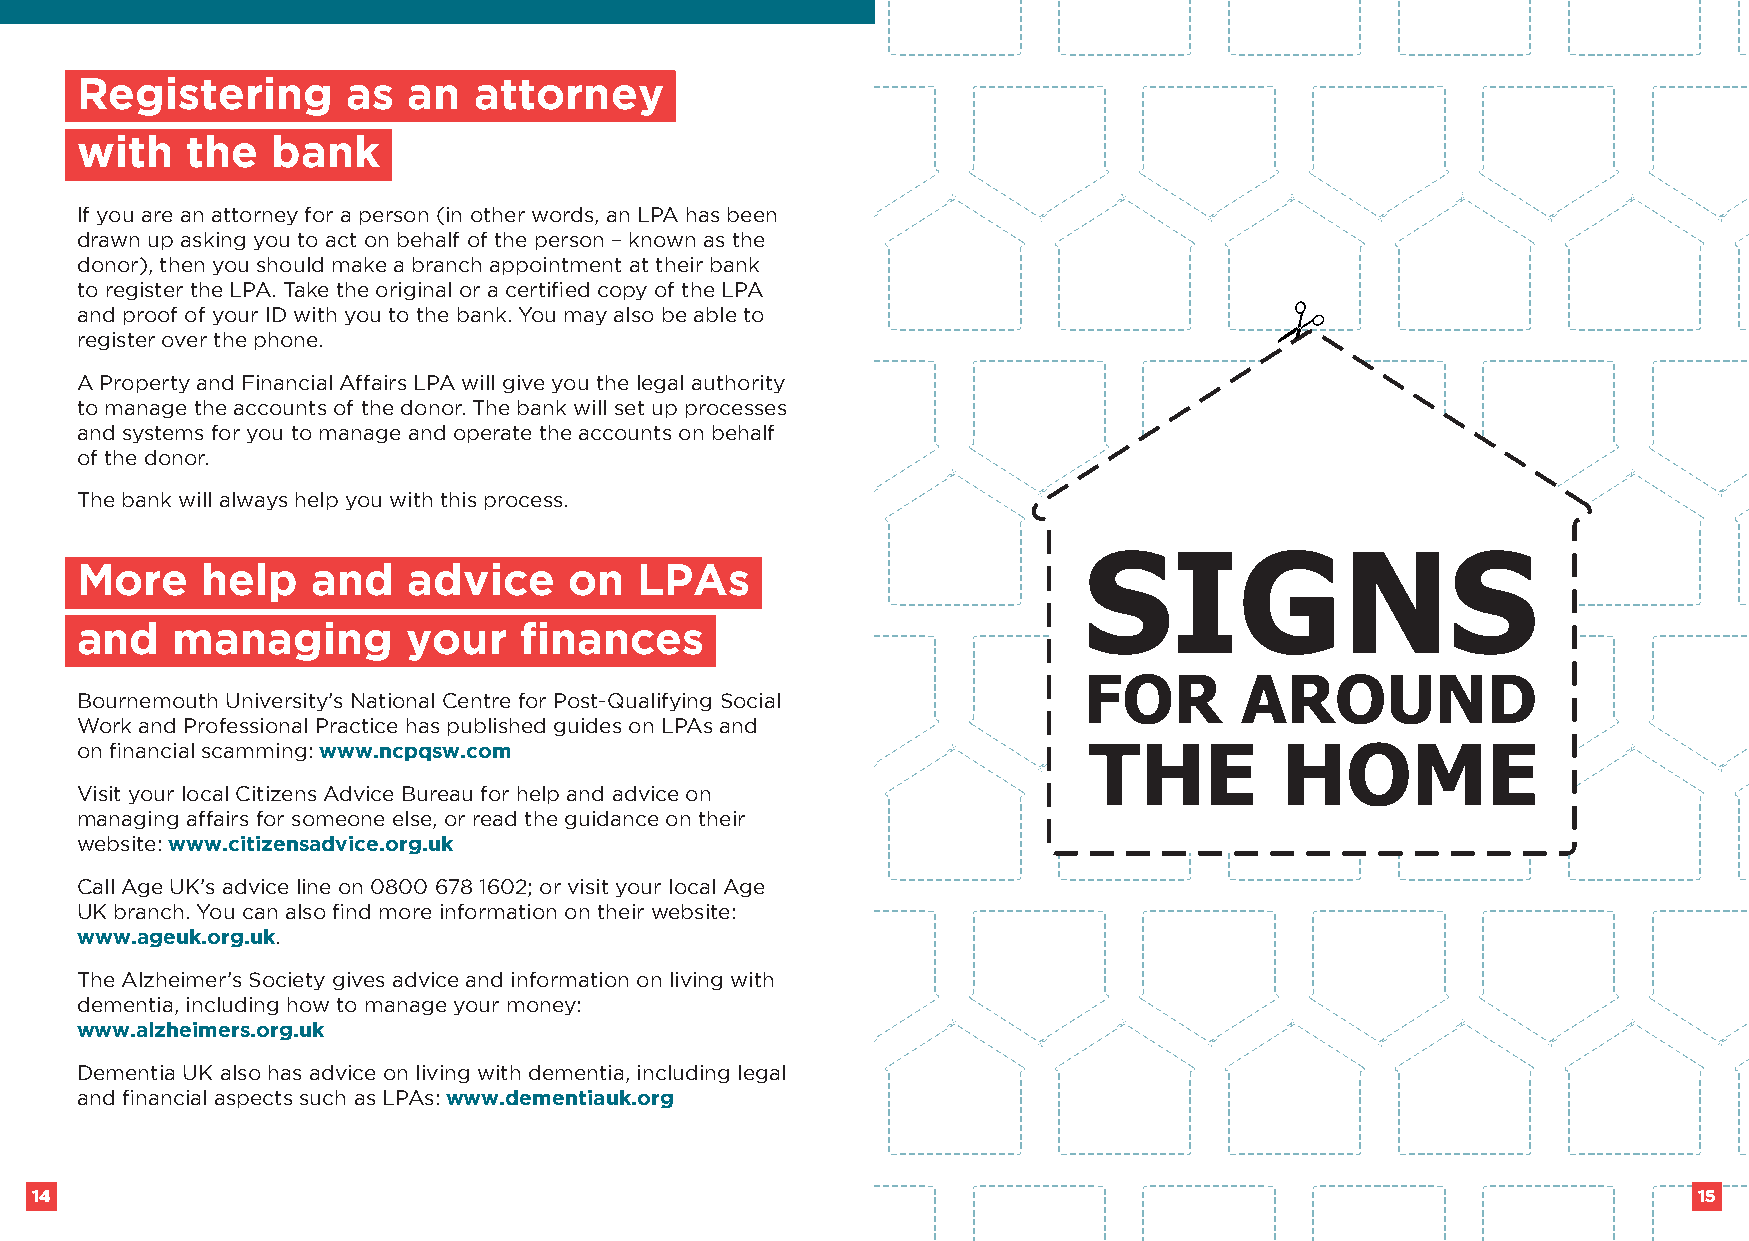
Registering       as  an  attorney
 with   the   bank
 If you are an attorney for a person (in other words, an LPA has been
 drawn up asking you to act on behalf of the person – known as the
 donor), then you should make a branch appointment at their bank
 to register the LPA. Take the original or a certified copy of the LPA
 and proof of your ID with you to the bank. You may also be able to
 register over the phone.
 A Property and Financial Affairs LPA will give you the legal authority
 to manage the accounts of the donor. The bank will set up processes
 and systems for you to manage and operate the accounts on behalf
 of the donor.
 The bank will always help you with this process.
 More    help    and   advice     on  LPAs
 and   managing        your   finances
 Bournemouth University’s National Centre for Post-Qualifying Social
 Work and Professional Practice has published guides on LPAs and
 on financial scamming: www.ncpqsw.com
 Visit your local Citizens Advice Bureau for help and advice on
 managing affairs for someone else, or read the guidance on their
 website: www.citizensadvice.org.uk
 Call Age UK’s advice line on 0800 678 1602; or visit your local Age
 UK branch. You can also find more information on their website:
 www.ageuk.org.uk.
 The Alzheimer’s Society gives advice and information on living with
 dementia, including how to manage your money:
 www.alzheimers.org.uk
 Dementia UK also has advice on living with dementia, including legal
 and financial aspects such as LPAs: www.dementiauk.org
 14                                                                                                            15